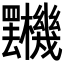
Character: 𣡯